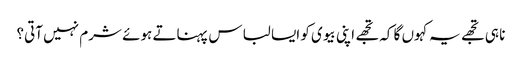
نا ہی تجھے یہ کہوں گا کہ تجھے اپنی بیوی کو ایسا لباس پہناتے ہوئے شرم نہیں آتی؟